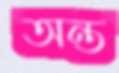
অন্ত